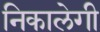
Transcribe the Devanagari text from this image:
निकालेगी